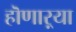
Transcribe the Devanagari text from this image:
हॊणाऱ्या